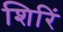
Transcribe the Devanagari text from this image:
शिरिं